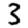
Digit: 3